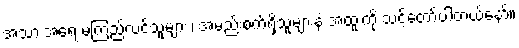
အသားအရေ မကြည်လင်သူများ ၊ အမည်းစက်ရှိသူများနဲ့ အထူးကို သင့်တော်ပါတယ်နော်။